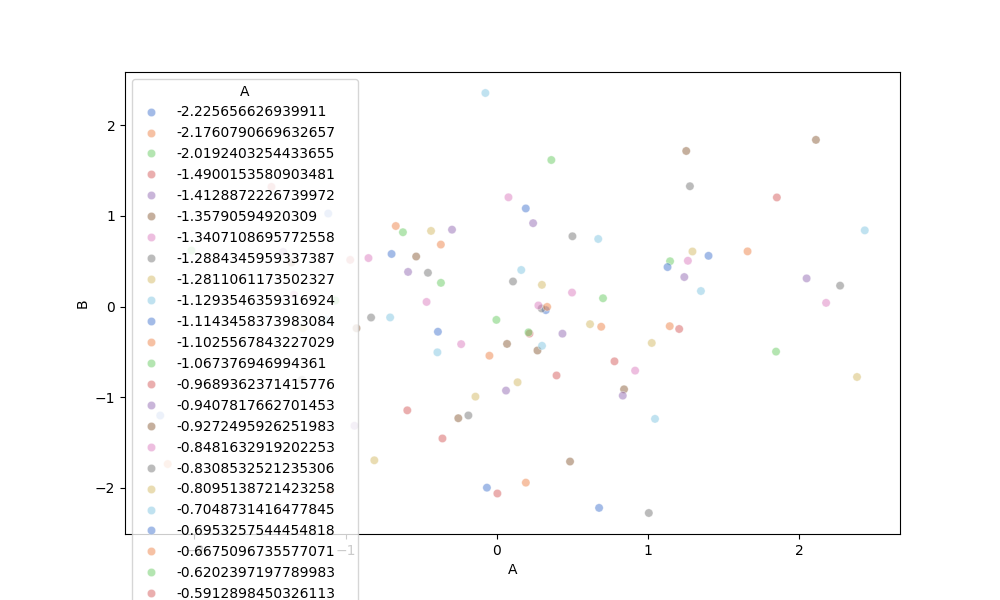
python, seaborn, scatterplot, hue='A', style='None', size='None', palette='muted', alpha=0.5